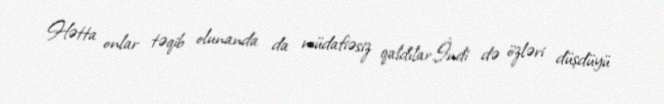
Hətta onlar təqib olunanda da müdafiəsiz qaldılar.İndi də özləri düşdüyü